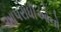
આપરાધીઓનો